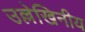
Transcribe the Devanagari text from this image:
उल्लेखिनीय